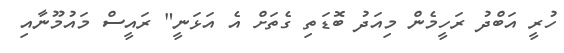
ހުރީ އަބްދު ރަހީމެން މިއަދު ބޮޑަތި ގެތަށް އެ އަޅަނީ" ރައީސް މައުމޫނާއި